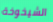
الشيخوخة